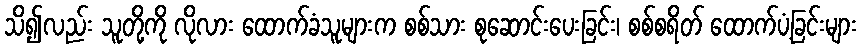
သိ၍လည်း သူတို့ကို လိုလား ထောက်ခံသူများက စစ်သား စုဆောင်းပေးခြင်း၊ စစ်စရိတ် ထောက်ပံ့ခြင်းများ